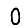
Digit: 0